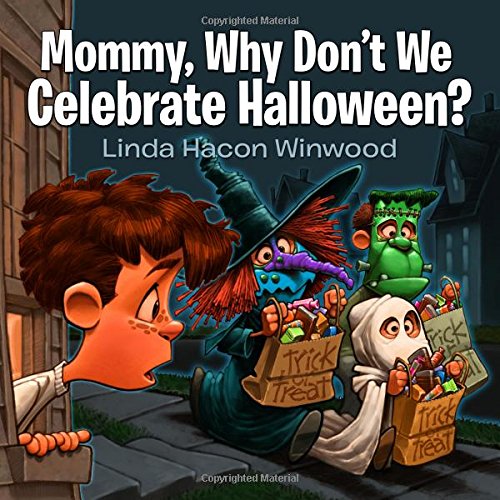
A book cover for Mommy, Why Don't We Celebrate Halloween?; Linda Winwood; Christian Books & Bibles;